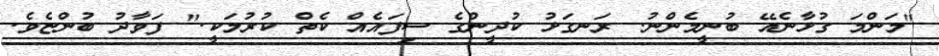
"މަންމަ ގުޅާނެއޭ ބުނީމެންނު. ރަނގަޅު ކުދީންގެ ސިފައެއް ކެތް ކުރުމަކީ." ފަވާދު ބުންޏެވެ.